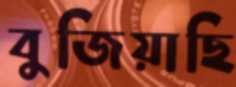
বুজিয়াছি